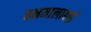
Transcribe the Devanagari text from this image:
वनमालाबाई